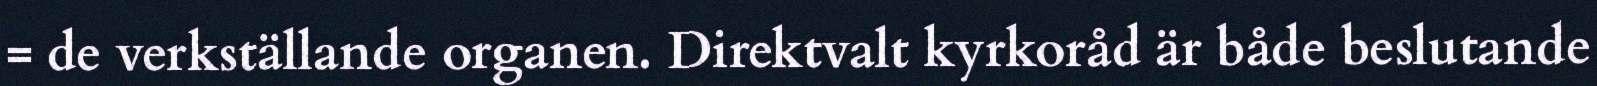
= de verkställande organen. Direktvalt kyrkoråd är både beslutande